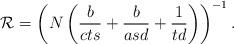
LaTeX: \begin{align*} \mathcal{R} = \left( N\left(\frac{b}{cts}+\frac{b}{asd}+ \frac{1}{td}\right) \right)^{-1} . \end{align*}